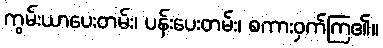
ကွမ်းယာပေးတမ်း၊ ပန်းပေးတမ်း၊ စကားဝှက်ကြ၏။